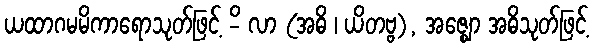
ယထာဂမမိကာရောသုတ်ဖြင့် -ိ လာ (အဓိ ၊ ယိတဗ္ဗ), အဇ္ဈော အဓိသုတ်ဖြင့်